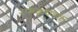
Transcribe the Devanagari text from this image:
रामकृष्णांस